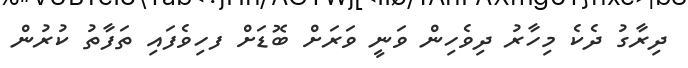
ދިރާގު ދެކެ މިހާރު ދިވެހިން ވަނީ ވަރަށް ބޮޑަށް ފހިވެފައި ތަފާތު ކުރުން